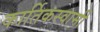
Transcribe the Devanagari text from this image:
कार्तिकस्‍वामी